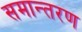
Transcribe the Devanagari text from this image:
समान्तरण